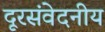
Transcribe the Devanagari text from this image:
दूरसंवेदनीय